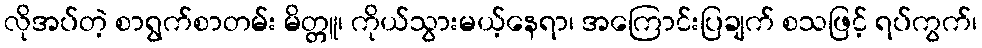
လိုအပ်တဲ့ စာရွက်စာတမ်း မိတ္တူ၊ ကိုယ်သွားမယ့်နေရာ၊ အကြောင်းပြချက် စသဖြင့် ရပ်ကွက်၊